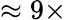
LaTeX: \approx 9\times